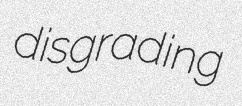
disgrading